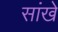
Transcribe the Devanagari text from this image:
सांखे